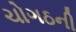
ચોગઠની